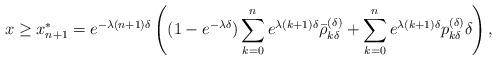
LaTeX: \begin{align*}x \geq x_{n+1}^* = e^{ - \lambda (n+1) \delta } \left( (1 - e^{ - \lambda \delta} ) \sum_{ k=0}^n e^{ \lambda (k+1) \delta }{\bar\rho}^{(\delta ) }_{k \delta }+ \sum_{k=0}^n e^{ \lambda (k+1) \delta } p^{(\delta)}_{k\delta}\delta \right) ,\end{align*}